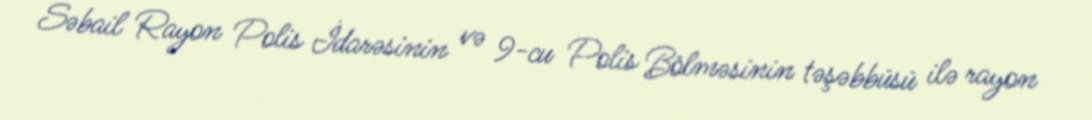
Səbail Rayon Polis İdarəsinin və 9-cu Polis Bölməsinin təşəbbüsü ilə rayon